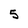
Character: 5